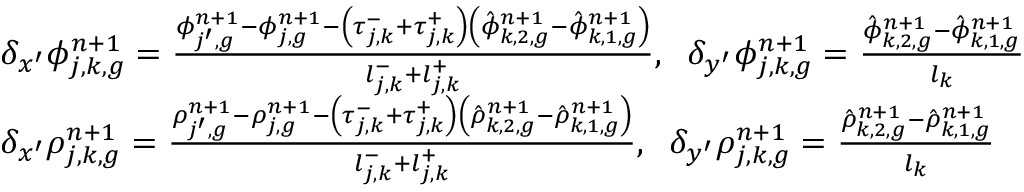
\begin{array} { l } { { \delta _ { x ^ { \prime } } \phi _ { j , k , g } ^ { n + 1 } = \frac { \phi _ { j ^ { \prime } , g } ^ { n + 1 } - \phi _ { j , g } ^ { n + 1 } - \left( \tau _ { j , k } ^ { - } + \tau _ { j , k } ^ { + } \right) \left( \hat { \phi } _ { k , 2 , g } ^ { n + 1 } - \hat { \phi } _ { k , 1 , g } ^ { n + 1 } \right) } { l _ { j , k } ^ { - } + l _ { j , k } ^ { + } } , \; \; \delta _ { y ^ { \prime } } \phi _ { j , k , g } ^ { n + 1 } = \frac { \hat { \phi } _ { k , 2 , g } ^ { n + 1 } - \hat { \phi } _ { k , 1 , g } ^ { n + 1 } } { l _ { k } } } } \\ { { \delta _ { x ^ { \prime } } \rho _ { j , k , g } ^ { n + 1 } = \frac { \rho _ { j ^ { \prime } , g } ^ { n + 1 } - \rho _ { j , g } ^ { n + 1 } - \left( \tau _ { j , k } ^ { - } + \tau _ { j , k } ^ { + } \right) \left( \hat { \rho } _ { k , 2 , g } ^ { n + 1 } - \hat { \rho } _ { k , 1 , g } ^ { n + 1 } \right) } { l _ { j , k } ^ { - } + l _ { j , k } ^ { + } } , \; \; \delta _ { y ^ { \prime } } \rho _ { j , k , g } ^ { n + 1 } = \frac { \hat { \rho } _ { k , 2 , g } ^ { n + 1 } - \hat { \rho } _ { k , 1 , g } ^ { n + 1 } } { l _ { k } } } } \end{array}